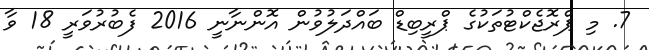
7. މި ޕްރޮޖެކްޓުތަކުގެ ޕްރީބިޑް ބައްދަލުވުން އޮންނާނީ 2016 ފެބުރުވަރީ 18 ވާ